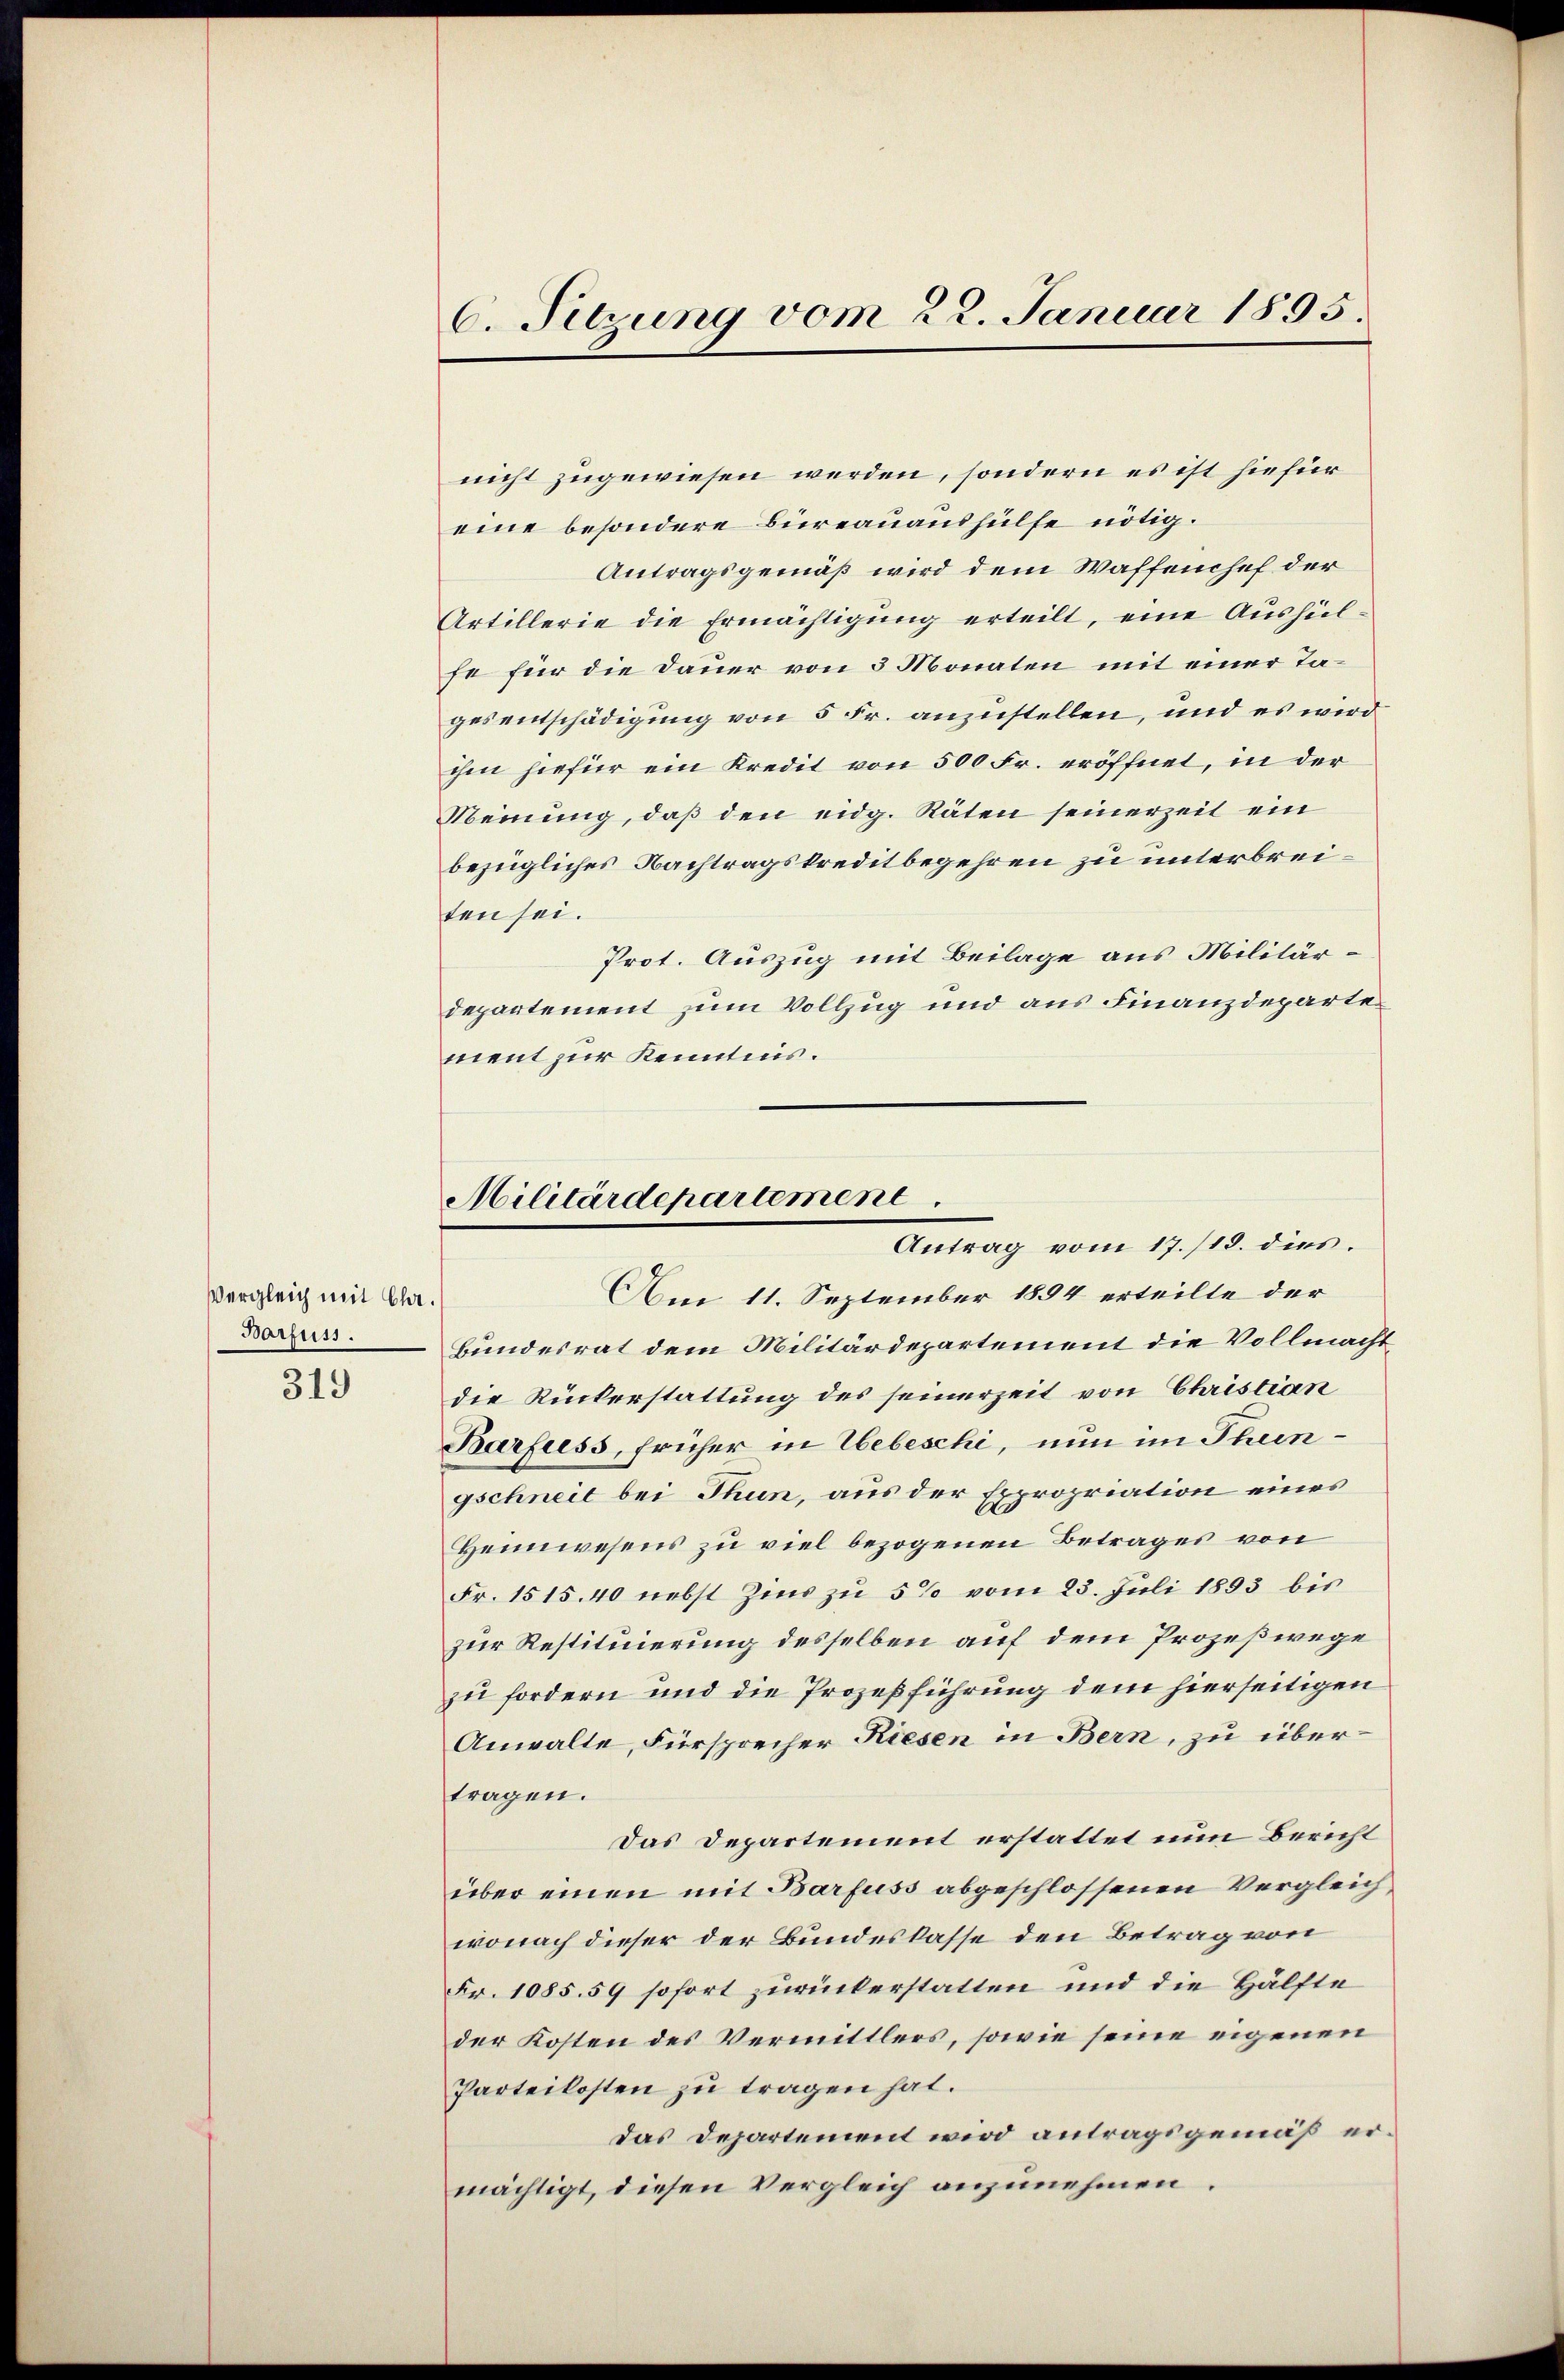
Vergleich mit Cha¬
Barfuss.

319

6. Sitzung vom 22. Januar 1895.

nicht zugewiesen werden, sondern es ist hiefür
eine besondere Büreauaushülfe nötig.
Antragsgemäß wird dem Waffenchef der
Artillerie die Ermächtigung erteilt, eine Aushülfe für die Dauer von 3 Monaten mit einer Tagesentschädigung von 5 Fr. anzustellen, und es wird
ihm hiefür ein Kredit von 500 Fr. eröffnet, in der
Meinung, daß den eidg. Räten seinerzeit ein
bezügliches Nachtragskreditbegehren zu unterbreiten sei.
Prot. Auszug mit Beilage aus Militärdepartement zum Vollzug und aus Finanzdepartement zur Kenntnis.

Militärdepartement
Antrag vom 17./18. dies.

Am 11. September 1894 erteilte der
Bundesrat dem Militärdepartement die Vollmacht
die Rückerstattung des seinerzeit von Christian
Barfress, früher in Webeschi, nun im Theingschneit bei Thun, aus der Expropriation eines
Heimwesens zu viel bezogenen Betrages von
Fr. 1515.40 nebst Zins zu 5% vom 23. Juli 1893 bis
zur Restituierung desselben auf dem Prozeßwege
zu fordern und die Prozeßführung dem hierseitigen
Anwalte, Fürsprecher Riesen in Bern, zu über-
tragen.
Das Departement erstattet nun Bericht
über einen mit Barfuss abgeschlossenen Vergleich,
wonach dieser der Bundeskasse den Betrag von
Fr. 1085. 59 sofort zurückerstatten und die Hälfte
der Kosten des Vermittlers, sowie seine eigenen
Parteikosten zu tragen hat.
das Departement wird antragsgemäß ermächtigt, diesen Vergleich anzunehmen.